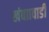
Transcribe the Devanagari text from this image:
खंबाावाडी